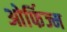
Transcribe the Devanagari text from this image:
ओर्फिज्म